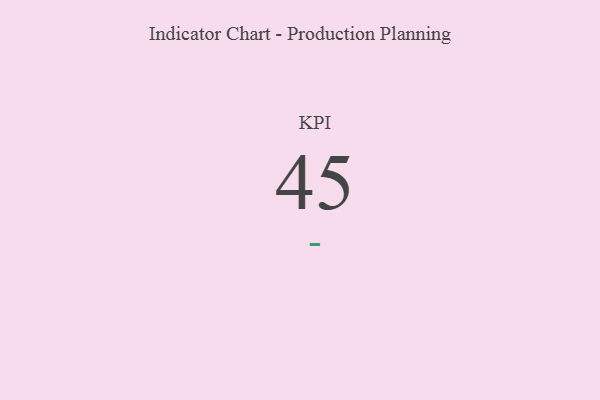
{"axis": {"x": "KPI", "y": "Value"}, "legend": [""], "data": [{"x": "KPI", "y": 45, "type": ""}]}